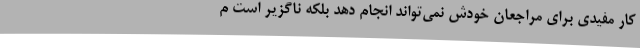
کار مفیدی برای مراجعان خودش نمی‌تواند انجام دهد بلکه ناگزیر است م